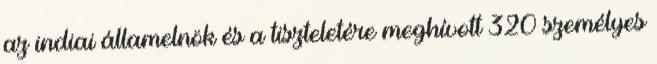
az indiai államelnök és a tiszteletére meghívott 320 személyes